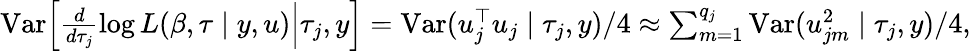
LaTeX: \begin{array}{r}{{\mathrm{Var}}\Big[\frac{d}{d\tau_{j}}\log L(\beta,\tau\mid y,u)\Big|\tau_{j},y\Big]={\mathrm{Var}}(u_{j}^{\top}u_{j}\mid\tau_{j},y)/4\approx\sum_{m=1}^{q_{j}}{\mathrm{Var}}(u_{jm}^{2}\mid\tau_{j},y)/4,}\end{array}